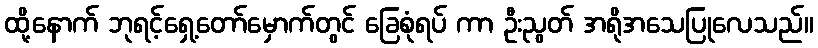
ထို့နောက် ဘုရင့်ရှေ့တော်မှောက်တွင် ခြေစုံရပ် ကာ ဦးညွတ် အရိုအသေပြုလေသည်။